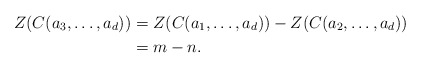
\begin{align*} Z(C(a_3,\ldots,a_d))&=Z(C(a_1,\ldots,a_d))-Z(C(a_2,\ldots,a_d))\\ &=m-n.\end{align*}